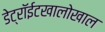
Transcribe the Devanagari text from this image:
डेट्रॉईटखालोखाल